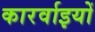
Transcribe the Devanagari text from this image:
कारर्वाइयों